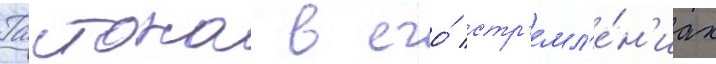
Гастона в его́ стр'емл'е́н'иах